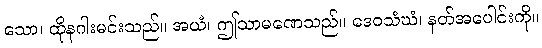
သော၊ ထိုနဂါးမင်းသည်။ အယံ၊ ဤသာမဏေသည်။ ဒေဝသံဃံ၊ နတ်အပေါင်းကို။